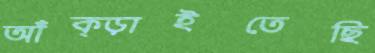
আঁক্‌ড়াইতেছি